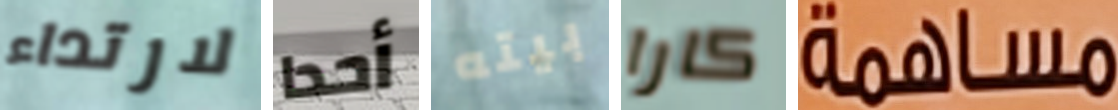
لارتداء أحدا بيته كارا مساهمة